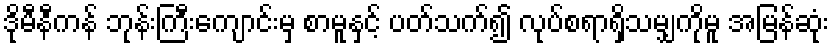
ဒိုမီနီကန် ဘုန်းကြီးကျောင်းမှ စာမူနှင့် ပတ်သက်၍ လုပ်စရာရှိသမျှကိုမူ အမြန်ဆုံး